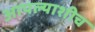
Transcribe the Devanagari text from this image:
आपल्याशीच